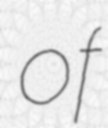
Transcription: of